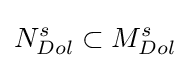
N_{Dol}^{s}\subset M_{Dol}^{s}